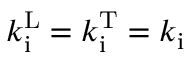
k _ { \mathrm { i } } ^ { \mathrm { L } } = k _ { \mathrm { i } } ^ { \mathrm { T } } = k _ { \mathrm { i } }